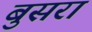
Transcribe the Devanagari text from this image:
बुसरा